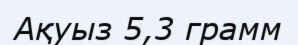
Ақуыз 5,3 грамм